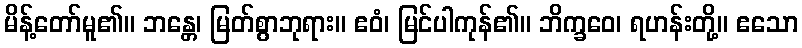
မိန့်တော်မူ၏။ ဘန္တေ၊ မြတ်စွာဘုရား။ ဧဝံ၊ မြင်ပါကုန်၏။ ဘိက္ခဝေ၊ ရဟန်းတို့။ ဧသော